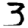
Digit: 3